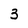
Character: 3